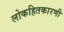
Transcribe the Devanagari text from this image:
लोकहितकारणी